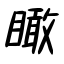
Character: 瞰